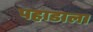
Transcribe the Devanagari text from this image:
पहाडाला